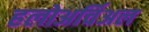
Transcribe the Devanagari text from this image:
हलोअर्चिअल